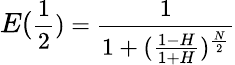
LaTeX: E(\small\frac{1}{2})=\frac{1}{1+(\frac{1-H}{1+H})^{\frac{N}{2}}}